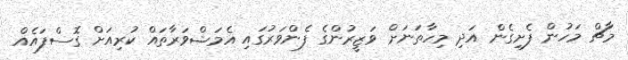
މާޗް މަހުން ފެށިގެން އަދި މިހާތަނަށް ވަޒީރުންގެ ފެންވަރުގައި އެމަޝްވަރާތައް ކުރިއަށް ގޮސްފައެއް